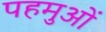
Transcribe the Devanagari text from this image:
पहमुओं